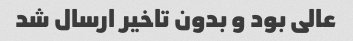
عالی بود و بدون تاخیر ارسال شد